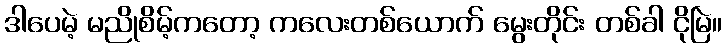
ဒါပေမဲ့ မညိုစိမ့်ကတော့ ကလေးတစ်ယောက် မွေးတိုင်း တစ်ခါ ငိုမြဲ။